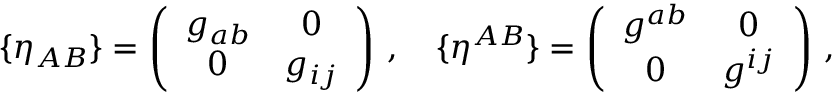
\{ \eta _ { A B } \} = \left( \begin{array} { c c } { { g _ { a b } } } & { { 0 } } \\ { { 0 } } & { { g _ { i j } } } \end{array} \right) \, , \quad \{ \eta ^ { A B } \} = \left( \begin{array} { c c } { { g ^ { a b } } } & { { 0 } } \\ { { 0 } } & { { g ^ { i j } } } \end{array} \right) \, ,